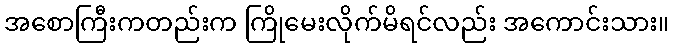
အစောကြီးကတည်းက ကြိုမေးလိုက်မိရင်လည်း အကောင်းသား။